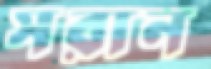
সরান